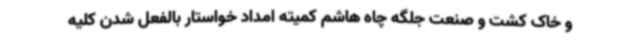
و خاک کشت و صنعت جلگه چاه هاشم کمیته امداد خواستار بالفعل شدن کلیه